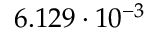
6 . 1 2 9 \cdot 1 0 ^ { - 3 }